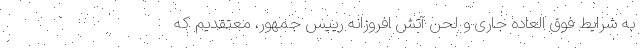
به شرایط فوق العاده جاری و لحن آتش افروزانه رییس جمهور، معتقدیم که